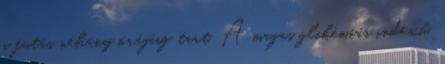
a futás néhány órájáig tart. A magas glikémiás indexű,